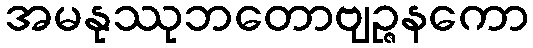
အမနုဿုဘတောဗျဉ္ဇနကော